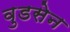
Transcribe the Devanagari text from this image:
वुडसेन